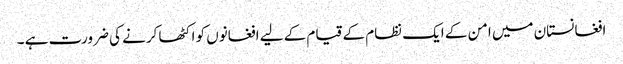
افغانستان میں امن کے ایک نظام کے قیام کے لیے افغانوں کو اکٹھا کرنے کی ضرورت ہے ۔